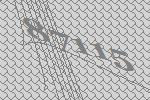
87115